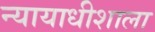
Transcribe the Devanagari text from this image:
न्यायाधीशाला